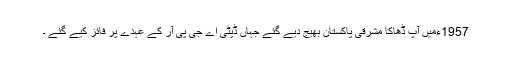
1957ءمیں آپ ڈھاکا مشرقی پاکستان بھیج دیے گئے جہاں ڈپٹی اے جی پی آر کے عہدے پر فائز کیے گئے ۔